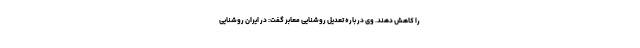
را کاهش دهند. وی در باره تعدیل روشنایی معابر گفت: در ایران روشنایی